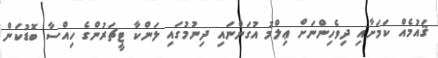
ޤައުމެއް ކަމަށާއި ދިވެހިންނަށް ޢިލްމު އުގަންނައި ދިނުމުގައި ލަންކާ ޓީޗަރުންގެ ހިއްސާ ބޮޑުކަން